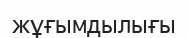
жұғымдылығы